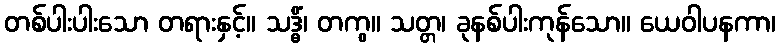
တစ်ပါးပါးသော တရားနှင့်။ သဒ္ဓိံ၊ တကွ။ သတ္တ၊ ခုနစ်ပါးကုန်သော။ ယေဝါပနကာ၊